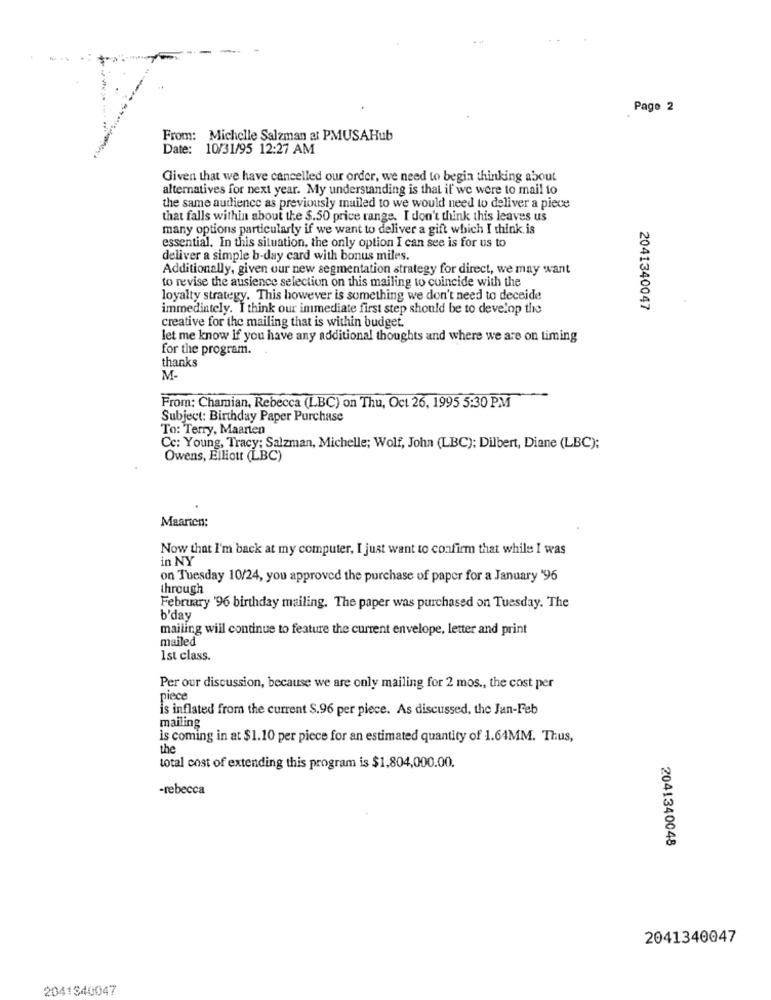
Page 2
From: Michelle Salzman at PMUSAHub
Date: 10/31/95 12:27 AM
Given that we have cancelled our order, we need to begin thinking about
alternatives for next year. My understanding is that il' we were to mail io
the same audience as previously mailed to we would need to deliver a piece
that falls within about the $.50 price range. I don't think this leaves us
many options particularly if we want to deliver a gift which I think is
essential. In this situation, the only option I can see is for us to
deliver a simple b-day card with bonus miles.
Additionally, given our new segmentation strategy for direct, we may want
to revise the ausience selection on this mailing to coincide with the
loyalty strategy. This however is something we don't need to deceide
immediately. I think our immediate first step should be to develop the
2041340047
creative for the mailing that is within budget.
let me know if you have any additional thoughts and where we are on timing
for the program.
thanks
M-
From: Chamian, Rebecca (LBC) on Thu, Oct 26, 1995 5:30 PM
Subject: Birthday Paper Purchase
To: Terry, Maarten
Cc: Young, Tracy; Salzman, Michelle; Wolf, John (LBC); Dilbert, Diane (LBC);
Owens, Elliott (LBC)
Maarten:
Now that I'm back at my computer, I just want to confirm that while I was
in NY
on Tuesday 10/24, you approved the purchase of paper for a January '96
through
February '96 birthday mailing. The paper was purchased on Tuesday. The
b'day
mailing will continue to feature the current envelope, letter and print
mailed
1st class.
Per our discussion, because we are only mailing for 2 mos ., the cost per
piece
is inflated from the current S.96 per piece. As discussed, the Jan-Feb
mailing
is coming in at $1.10 per piece for an estimated quantity of 1.64MM. Thus,
the
total cost of extending this program is $1,804,000.00.
-rebecca
2041340048
2041340047
2041340047